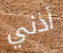
أذني